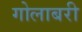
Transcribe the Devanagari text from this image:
गोलाबरी